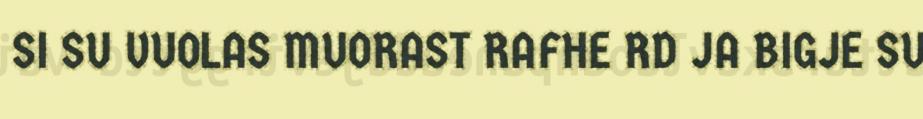
SI SU VUOLAS MUORAST RAFHE RD JA BIGJE SU